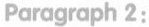
Paragraph 2: